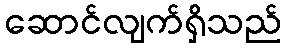
ဆောင်လျက်ရှိသည်